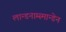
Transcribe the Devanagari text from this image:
लान्डनाम्स्मान्डेन